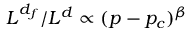
L ^ { d _ { f } } / L ^ { d } \propto ( p - p _ { c } ) ^ { \beta }